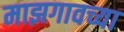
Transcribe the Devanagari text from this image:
माझगावच्या